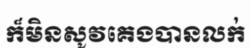
ក៏មិនសូវគេងបានលក់